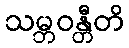
သမ္ဘဝန္တီတိ